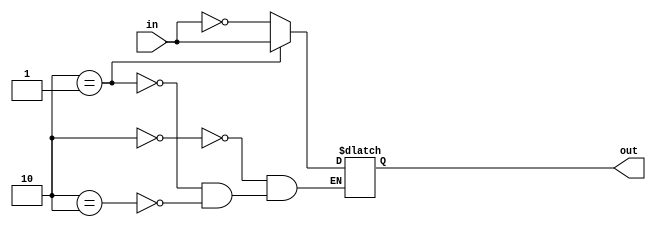
module tri_state_inverter (
    input wire in,
    output reg out
);

reg [1:0] state;

always @ (in)
begin
    case (state)
        2'b00: out <= !in;            // Input is high, output is low
        2'b01: out <= in;              // Input is low, output is high
        2'b10: out <= 1'bz;            // High impedance state
    endcase
end

endmodule